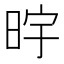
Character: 𮲠